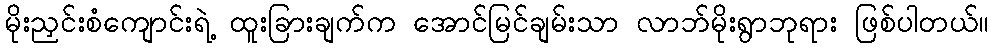
မိုးညှင်းစံကျောင်းရဲ့ ထူးခြားချက်က အောင်မြင်ချမ်းသာ လာဘ်မိုးရွာဘုရား ဖြစ်ပါတယ်။